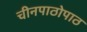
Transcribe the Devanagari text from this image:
चीनपाठोपाठ